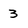
Character: 3